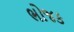
ભોજક